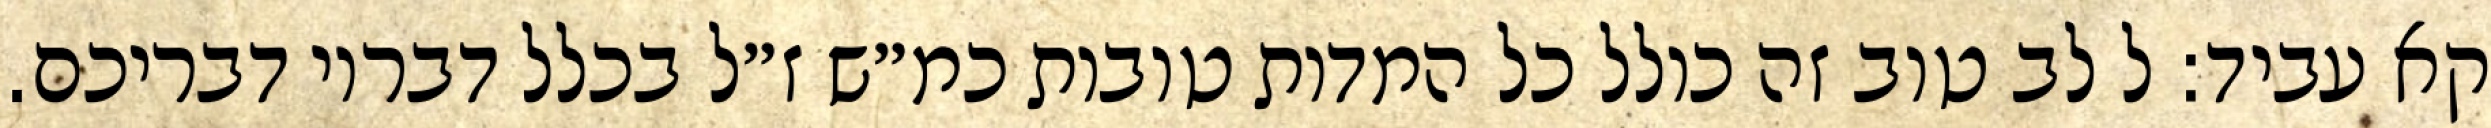
קא עביד: ל לב טוב זה כולל כל המדות טובות כמ״ש ז״ל בכלל דבריו דבריכם.